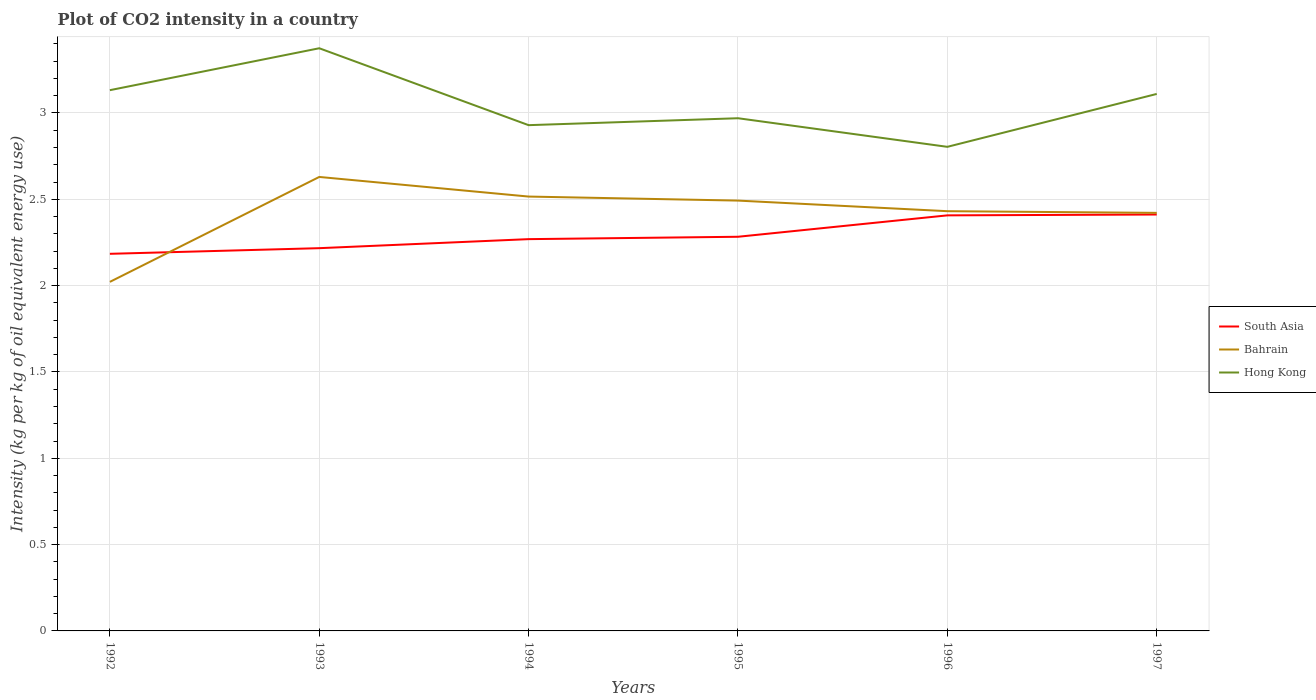
| Years | South Asia | Bahrain | Hong Kong |
 | --- | --- | --- | --- |
 | 1992 | 2.18 | 2.02 | 3.13 |
 | 1993 | 2.22 | 2.63 | 3.38 |
 | 1994 | 2.27 | 2.52 | 2.93 |
 | 1995 | 2.28 | 2.49 | 2.97 |
 | 1996 | 2.41 | 2.43 | 2.8 |
 | 1997 | 2.41 | 2.42 | 3.11 |